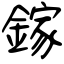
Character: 鎵